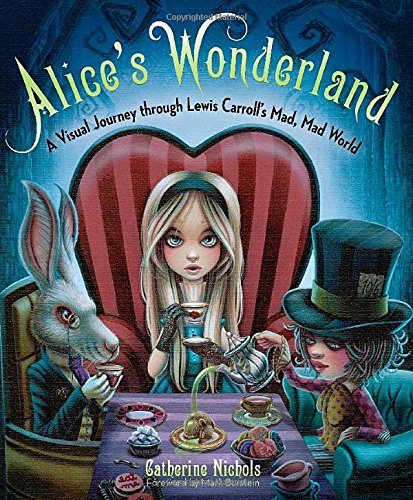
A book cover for Alice's Wonderland: A Visual Journey through Lewis Carroll's Mad, Mad World; Catherine Nichols; Humor & Entertainment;